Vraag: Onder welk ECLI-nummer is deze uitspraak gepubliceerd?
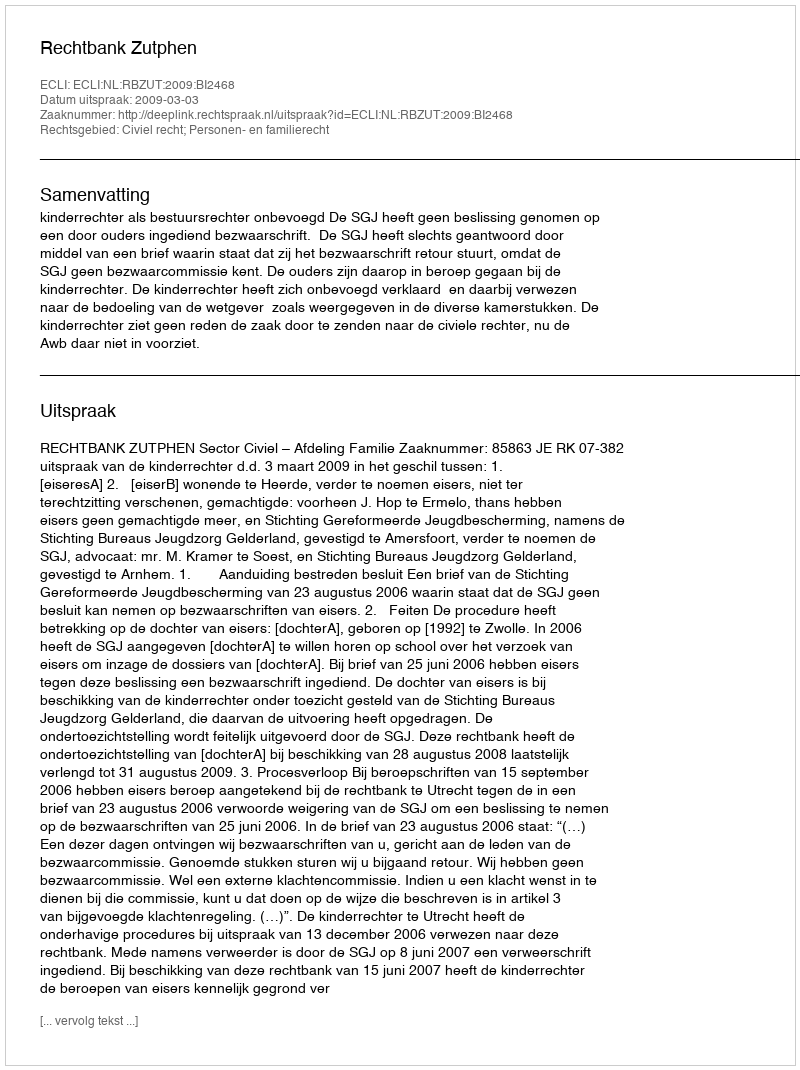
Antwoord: ECLI:NL:RBZUT:2009:BI2468